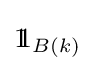
1\!\!1_{B(k)}